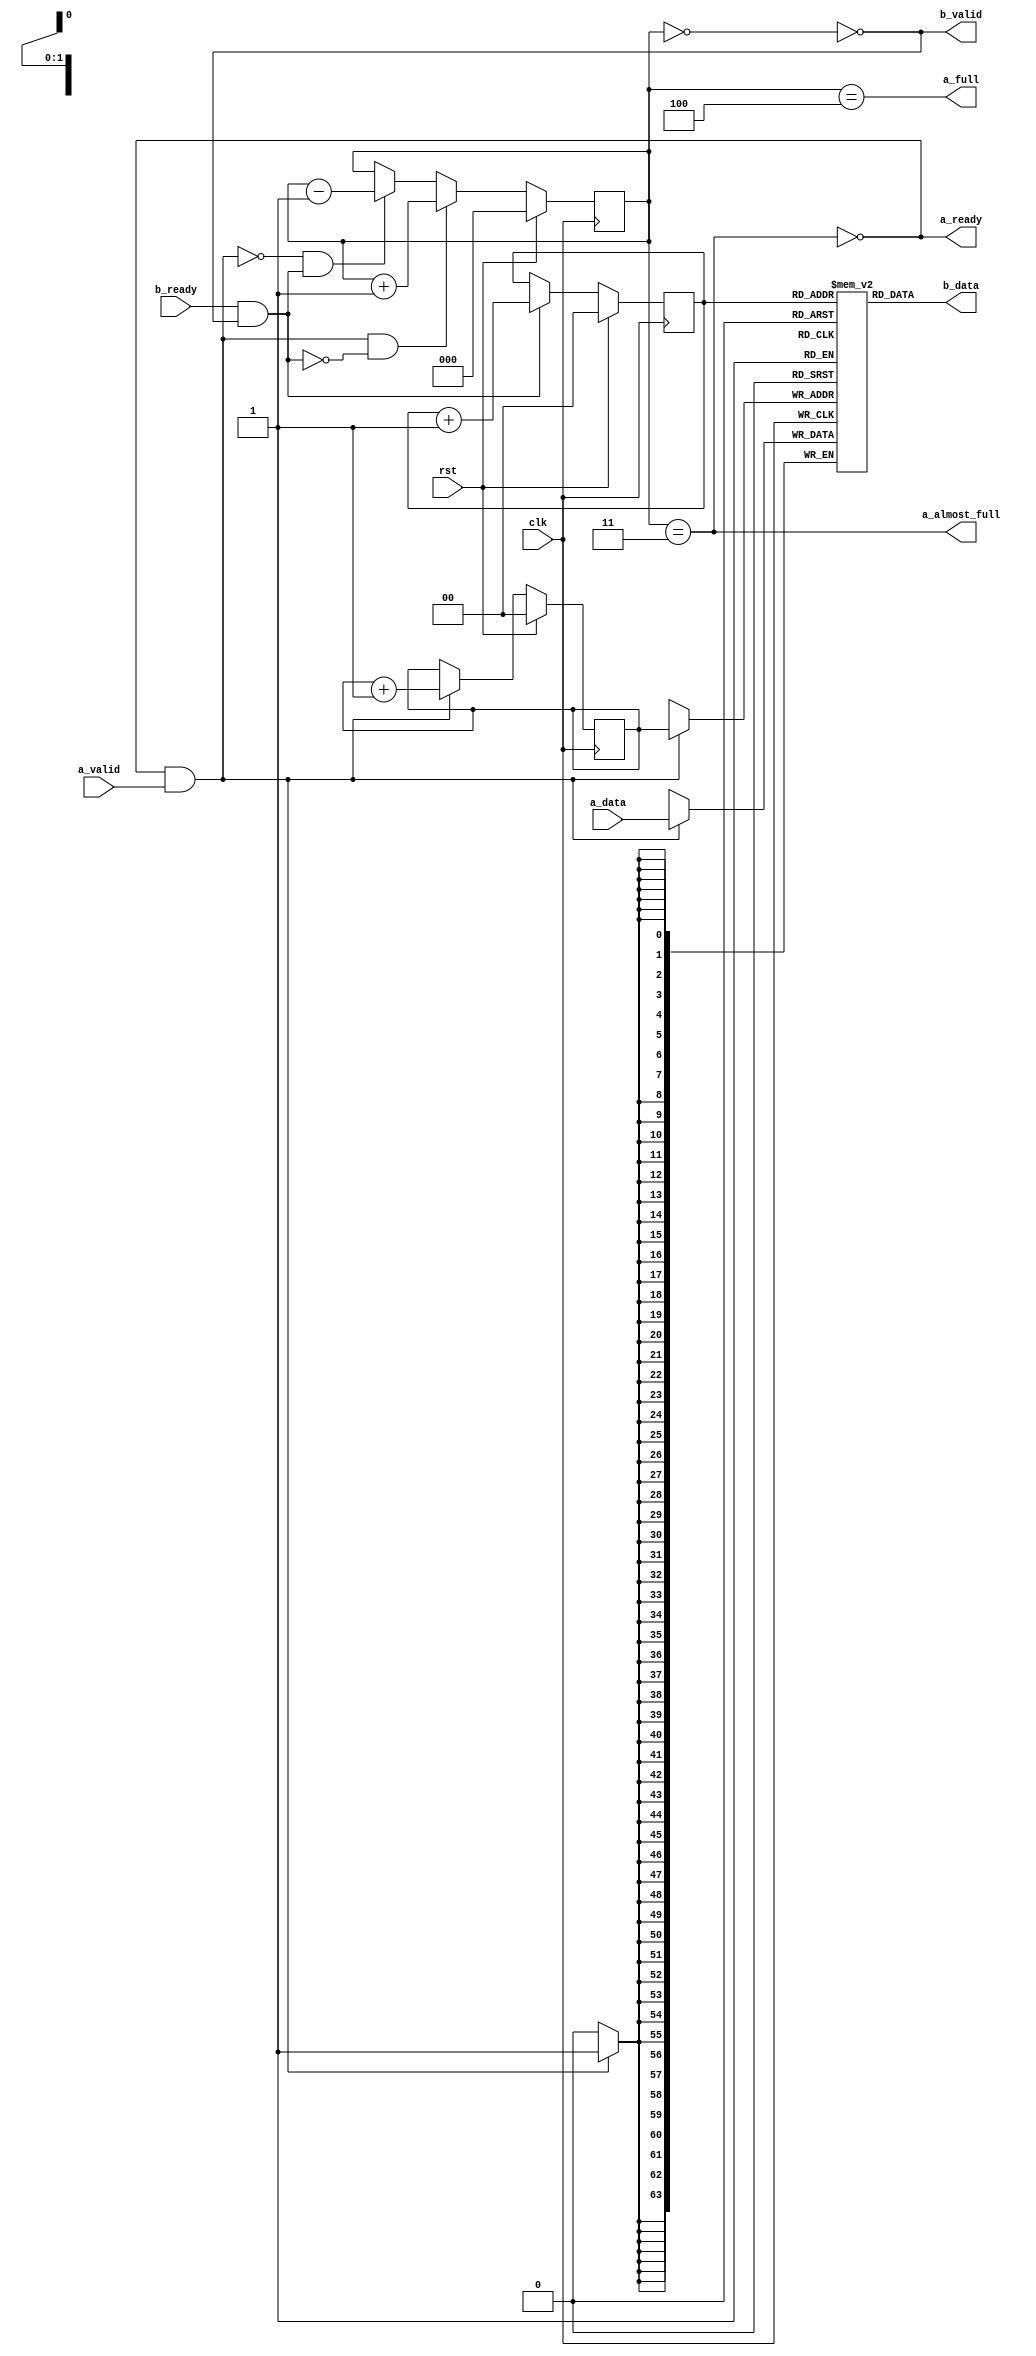
module fifo_nd (
    input  wire             clk,
    input  wire             rst,
    input  wire [WIDTH-1:0] a_data,
    input  wire             a_valid,
    output wire             a_ready,
    output wire             a_almost_full,
    output wire             a_full,
    output wire [WIDTH-1:0] b_data,
    output wire             b_valid,
    input  wire             b_ready
);

    parameter WIDTH = 64;
    parameter ABITS = 2;
    localparam DEPTH = (1 << ABITS);

    reg [WIDTH-1:0] fifo [0:DEPTH-1];
    reg [ABITS:0] fifo_level;
    reg [ABITS-1:0] wr_ptr;
    reg [ABITS-1:0] rd_ptr;

    wire a_active = a_ready && a_valid;
    wire b_active = b_ready && b_valid;

    wire fifo_empty = fifo_level == 0;
    wire fifo_almost_full = fifo_level == DEPTH - 1;
    wire fifo_full = fifo_level == DEPTH;

    always @(posedge clk) begin
        if (a_ready && a_valid)
            fifo[wr_ptr] <= a_data;
        if (a_active && !b_active)
            fifo_level <= fifo_level + 1;
        else if (!a_active && b_active)
            fifo_level <= fifo_level - 1;
        if (a_active)
            wr_ptr <= wr_ptr + 1;
        if (b_active)
            rd_ptr <= rd_ptr + 1;
        
        if (rst) begin
            wr_ptr <= 0;
            rd_ptr <= 0;
            fifo_level <= 0;
        end
    end
    assign b_valid = !fifo_empty;
    assign b_data = fifo[rd_ptr];
    assign a_ready = !fifo_almost_full;
    assign a_almost_full = fifo_almost_full;
    assign a_full = fifo_full;

endmodule